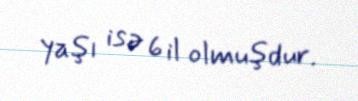
yaşı isə 6 il olmuşdur.